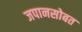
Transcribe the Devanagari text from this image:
जपानसोबत